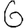
Digit: 6